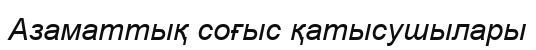
Азаматтық соғыс қатысушылары